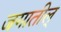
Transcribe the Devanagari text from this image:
जगातील्